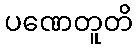
ပဏေတူတိ